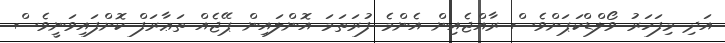
އަދި މިފަހަރު ވޯލްޑްކަޕަށްވެސް ރާއްޖެއިން އެންމެ ފުރަތަމަ އޮންލައިން ޕޭޖެއް ތަޢާރަފް ކޮށްފައިވަނީވެސް